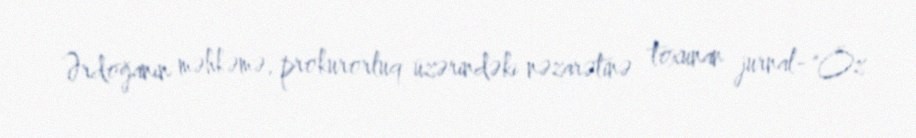
Ərdoğanın məhkəmə, prokurorluq üzərindəki nəzarətinə toxunan jurnal- "Öz